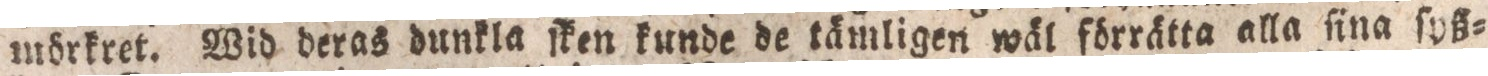
mörkret. Wid deras dunkla ſken kunde de tämligen wäl förrätta alla ſina ſyß=